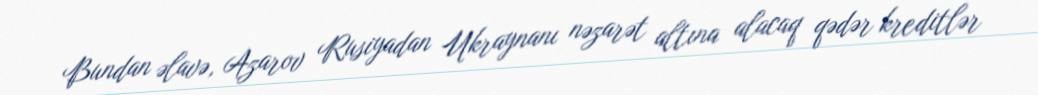
Bundan əlavə, Azarov Rusiyadan Ukraynanı nəzarət altına alacaq qədər kreditlər